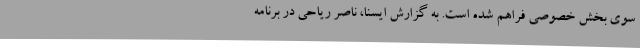
سوی بخش خصوصی فراهم شده است. به گزارش ایسنا، ناصر ریاحی در برنامه